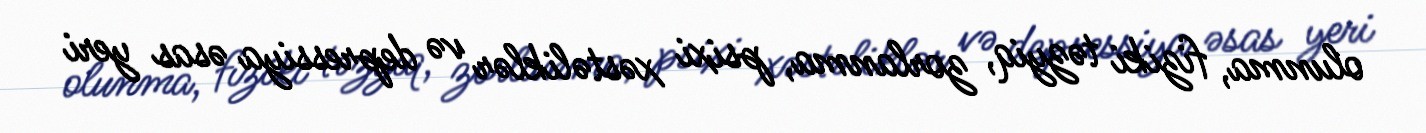
olunma, fiziki təzyiq, zorlanma, psixi xəstəliklər və depressiya əsas yeri